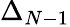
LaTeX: \Delta_{N-1}